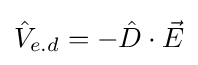
{\hat {V}}_{e.d}=-{\hat {D}}\cdot {\vec {E}}